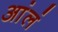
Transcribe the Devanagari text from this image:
आंलं